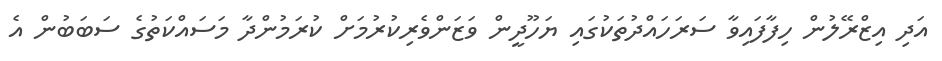
އަދި އިޒްރޭލުން ހިފާފައިވާ ސަރަހައްދުތަކުގައި ޔަހޫދީން ވަޒަންވެރިކުރުމަށް ކުރަމުންދާ މަސައްކަތުގެ ސަބަބުން އެ